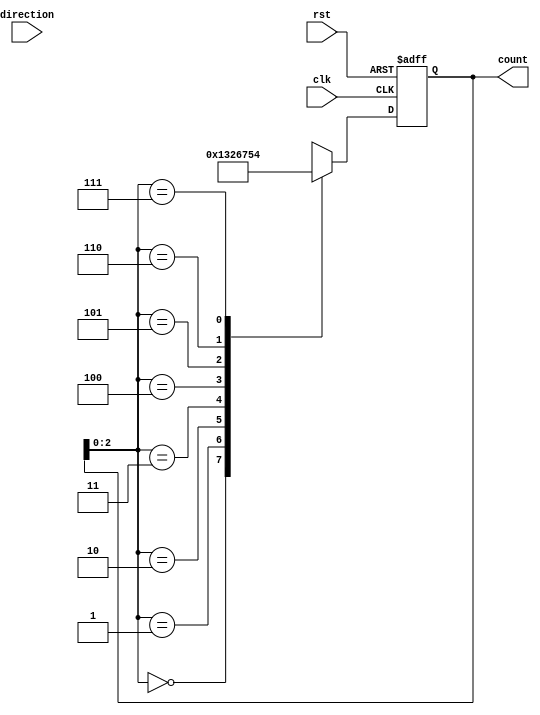
module johnson_gray_counter (
    input wire clk,
    input wire rst,
    input wire direction,
    output reg [3:0] count
);

reg [3:0] gray [7:0];

always @(*) begin
    gray[0] = 4'b0000;
    gray[1] = 4'b0001;
    gray[2] = 4'b0011;
    gray[3] = 4'b0010;
    gray[4] = 4'b0110;
    gray[5] = 4'b0111;
    gray[6] = 4'b0101;
    gray[7] = 4'b0100;
end

always @(posedge clk or posedge rst) begin
    if (rst) begin
        count <= 4'b0000;
    end else begin
        if (direction) begin
            count <= gray[count];
        end else begin
            count <= gray[count];
        end
    end
end

endmodule